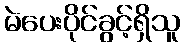
မဲပေးပိုင်ခွင့်ရှိသူ